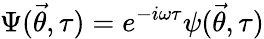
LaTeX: \Psi(\vec{\theta},\tau)=e^{-i\omega\tau}\psi(\vec{\theta},\tau)